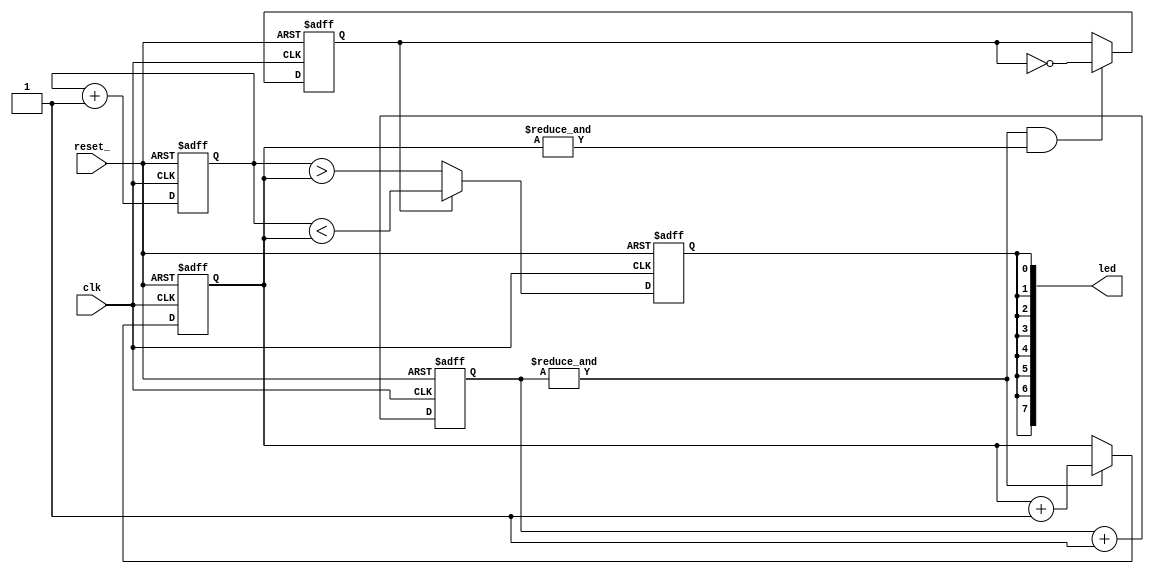
module breathingled (
  clk,
  reset_,
  led
  );

  input clk;
  input reset_;
  output [7:0] led;

  // Theory of operation:
  //
  // LED brightness can be achieved by rapidly turning on and off the LED; the
  // longer we leave the LED on, the brighter it will appear. So long as we
  // "flash" the LED at a high rate, this will be imperceptable to the human
  // eye. This circuit uses a 128 clock-cycle period in which a varying fraction
  // of that period the LED is on. 
  //
  // To create a breathing effect, we slowly modulate the brightness level, first
  // increasing it until it reaches 100%, then slowly decreasing it.

  reg [18:0] next_ctr;            // Counter to create a ~60Hz change in brightness
  reg [6:0] duty_ctr;             // Counter to create a 128 clock cycle period
  reg [6:0] duty_cycle;           // Number of ticks in duty_ctr that LED is on/off

  reg inhale;                     // When set, duty cycle is increasing
  reg led_state;                  // LED is on when set, off when cleared

  assign led = {8{led_state}};    // Drive all eight LEDs with led_state
  assign next = &next_ctr;        // Advance duty cycle when next_ctr saturates

  // Counter to advance the duty cycle (i.e., increase or decrease the LED
  // brightness) approx 60 times per second
  always@ (posedge clk or negedge reset_)
    if (!reset_)
      next_ctr <= 19'd0;
    else
      next_ctr <= next_ctr + 19'd1;

  // Duty cycle is number of clock cycles the led will be off (when inhale = 1'b0)
  // or on (when inhale = 1'b1) per each 128 clock cycle period. The greater the
  // number of cycles the led is energized per period, the brighter it will appear.
  always@ (posedge clk or negedge reset_)
    if (!reset_)
      duty_cycle <= 7'd0;
    else if (next)
      duty_cycle <= duty_cycle + 7'd1;

  // Counts the 128 clocks per duty cycle period.
  always@ (posedge clk or negedge reset_)
    if (!reset_)
      duty_ctr <= 7'd0;
    else
      duty_ctr <= duty_ctr + 7'd1;

  // Indicates whether duty cycle specifies number of clock cycles LEDs are on,
  // or number of cycles LEDs are off. This enables us to use an incrementing
  // counter to both increase and decrease brightness over time
  always@ (posedge clk or negedge reset_)
    if (!reset_)
      inhale <= 1'b0;
    else if (next && &duty_cycle)
      inhale <= ~inhale;

  // Drive the LEDs on or off depending on where in the 128 clock period cycle
  // we are.
  always@ (posedge clk or negedge reset_)
    if (!reset_)
      led_state <= 1'b0;
    else if (inhale)
      led_state <= (duty_ctr < duty_cycle);
    else
      led_state <= (duty_ctr > duty_cycle);

endmodule